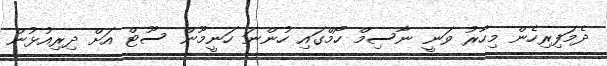
ދެމަފިރިހެން މިހާރު ވަނީ ނާސިމް ހޯމްގައި ހުންނަ ހަނީމޫން ސޫޓް އަށް ދިރިއުޅުން